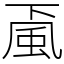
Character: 颪